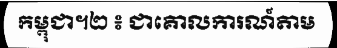
កម្ពុជា។២ ៖ ជាគោលការណ៍តាម